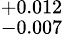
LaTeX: ^{+0.012}_{-0.007}